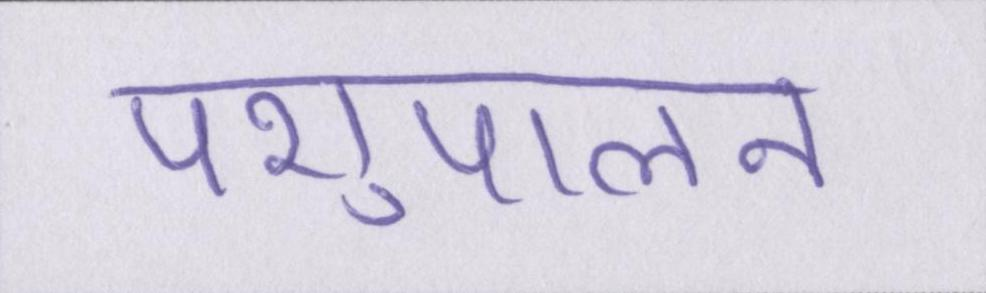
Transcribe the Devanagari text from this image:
पशुपालन